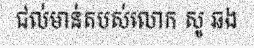
ជល់មាន់តបស់លោក សូ ឆង